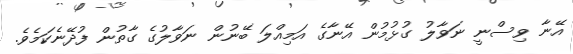
އޭނާ ވިސްނީ ނަވާލު ގުޅުމުން އޭނާގެ އަމިއްލަ ބޭނުން ނަވާލުގެ ގާތުން ފުދޭނެކަމެވެ.